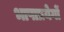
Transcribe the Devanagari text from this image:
भाषाप्रयेगों